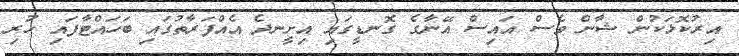
އިރުކޮޅަކުން ޝާން ވެސް އައިސް އޭނާގެ ގޮނޑީގައި އިށީނދެ އެއްފަރާތުގައި ބަހައްޓާފައި ހުރި